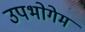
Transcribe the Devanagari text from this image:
उपभोगेम